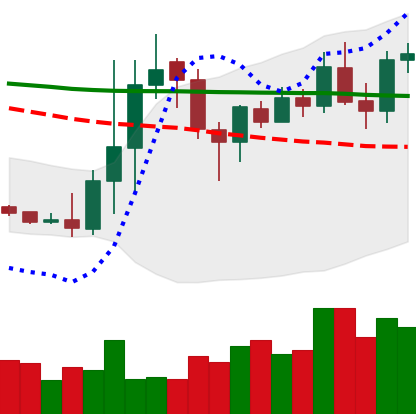
Ticker: DOGE-USD
Chart end date: 2020-01-18
Forward return: -9.533%
Label: down_7plus